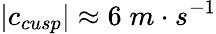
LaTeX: |c_{cusp}|\approx 6\; m\cdot s^{-1}